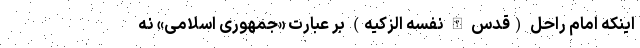
اینکه امام راحل (قدس الله نفسه الزکیه) بر عبارت «جمهوری اسلامی» نه